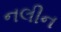
નલીન